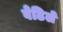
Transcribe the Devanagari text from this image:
वेढिले